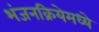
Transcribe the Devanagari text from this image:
भंजनक्रियेमध्ये